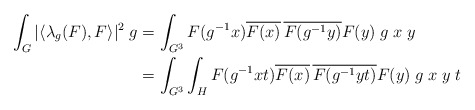
\begin{align*}\int_{G}|\langle\lambda_g(F),F\rangle|^2\;g & = \int_{G^3}F(g^{-1}x)\overline{F(x)}\,\overline{F(g^{-1}y)}F(y)\;g\;x\;y\\& = \int_{G^3}\int_{H}F(g^{-1}xt)\overline{F(x)}\,\overline{F(g^{-1}yt)}F(y)\;g\;x\;y\;t\end{align*}